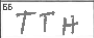
Transcription: TTH